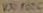
Text: V301006